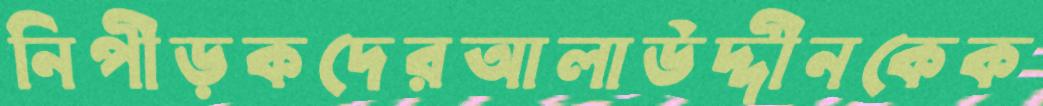
নিপীড়কদেরআলাউদ্দীনকেক